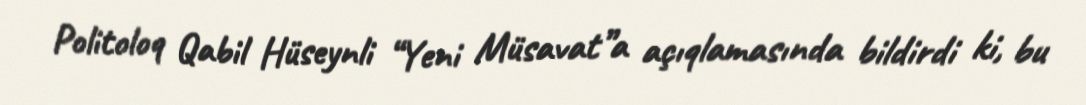
Politoloq Qabil Hüseynli “Yeni Müsavat”a açıqlamasında bildirdi ki, bu